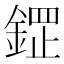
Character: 𮢟